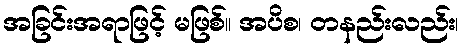
အခြင်းအရာဖြင့် မဖြစ်။ အပိစ၊ တနည်းလည်း၊